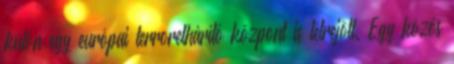
külön egy európai terrorelhárító központ is létrejött. Egy közös